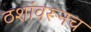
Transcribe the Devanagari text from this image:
ठशांवरूनच